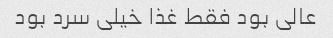
عالی بود فقط غذا خیلی سرد بود